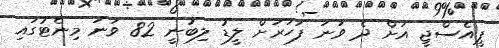
ޕީއެސްޖީ އަށް ދެ ވަނަ ފަހަރަށް ލީޑު ލިބުނީ 82 ވަނަ މިނެޓުގައި